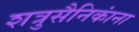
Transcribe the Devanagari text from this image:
शत्रुसैनिकांना